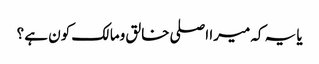
یا یہ کہ میرا اصلی خالق ومالک کون ہے ؟